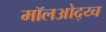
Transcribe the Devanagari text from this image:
मॉलओद्य्च